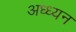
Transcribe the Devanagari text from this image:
अध्ध्यन